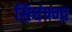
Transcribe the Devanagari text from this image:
सिघंण्णा